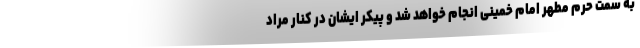
به سمت حرم مطهر امام خمینی انجام خواهد شد و پیکر ایشان در کنار مراد